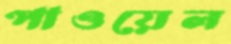
পাওয়েল